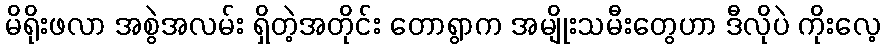
မိရိုးဖလာ အစွဲအလမ်း ရှိတဲ့အတိုင်း တောရွာက အမျိုးသမီးတွေဟာ ဒီလိုပဲ ကိုးလေ့